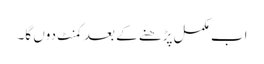
اب مکمل پڑھنے کے بعد کمنٹ دوں گا۔